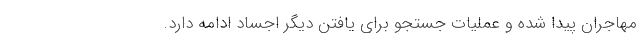
مهاجران پیدا شده و عملیات جستجو برای یافتن دیگر اجساد ادامه دارد.